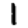
Digit: 1